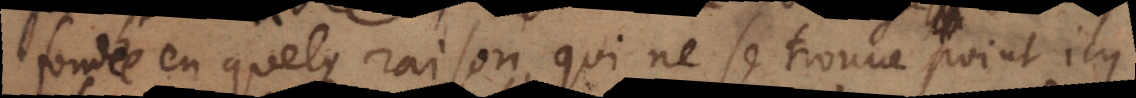
fondée en quelque raison, qui ne se trouve point icy